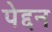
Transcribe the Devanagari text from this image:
पेद्दन